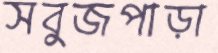
সবুজপাড়া